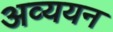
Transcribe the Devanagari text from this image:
अव्ययन